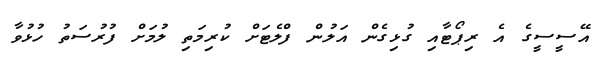
އޭސީސީގެ އެ ރިޕޯޓާއި ގުޅިގެން އަލުން ފްލެޓަށް ކުރިމަތި ލުމަށް ފުރުސަތު ހުޅުވާ